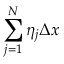
\sum _ { j = 1 } ^ { N } \eta _ { j } \Delta x